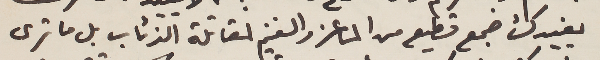
يفيدك جمع قطيع من الماعز والغنم لمقاتلة الذئاب بل ما ترى